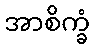
အာစိက္ခံ